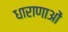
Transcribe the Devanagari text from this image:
धाराणाआें